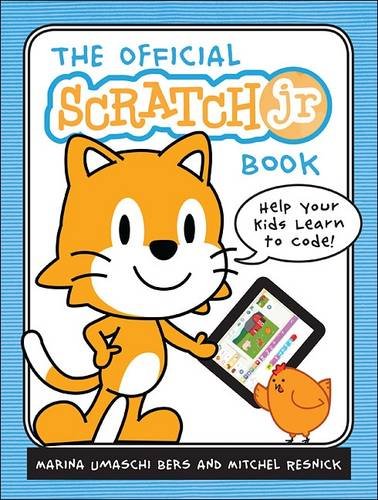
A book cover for The Official ScratchJr Book: Help Your Kids Learn to Code; Marina Umaschi Bers; Children's Books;